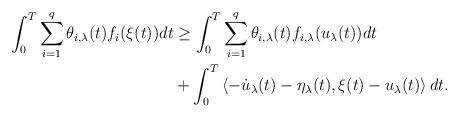
LaTeX: \begin{align*} \int_0^T \sum_{i=1}^{q} \theta_{i, \lambda} (t) f_{i} (\xi(t)) dt & \geq \int_0^T \sum_{i=1}^{q} \theta_{i, \lambda} (t) f_{i,\lambda}(u_{\lambda}(t)) dt \\ &+ \int_0^T \left\langle -{\dot{u}}_{\lambda}(t) - {\eta}_{\lambda} (t), \xi(t) - u_{\lambda}(t) \right\rangle dt.\end{align*}